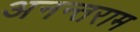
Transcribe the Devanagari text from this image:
अनन्तराम